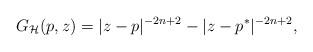
LaTeX: \begin{align*}G_{\mathcal{H}}(p,z)=\vert z- p \vert^{-2n+2} - \vert z - p^*\vert^{-2n+2},\end{align*}